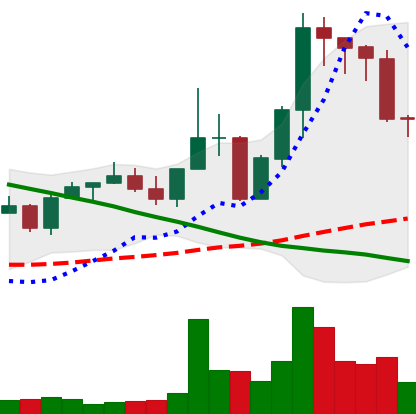
Ticker: EOS-USD
Chart end date: 2022-08-27
Forward return: -3.904%
Label: down_3_5